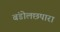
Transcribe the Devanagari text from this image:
बंडोलछपारा